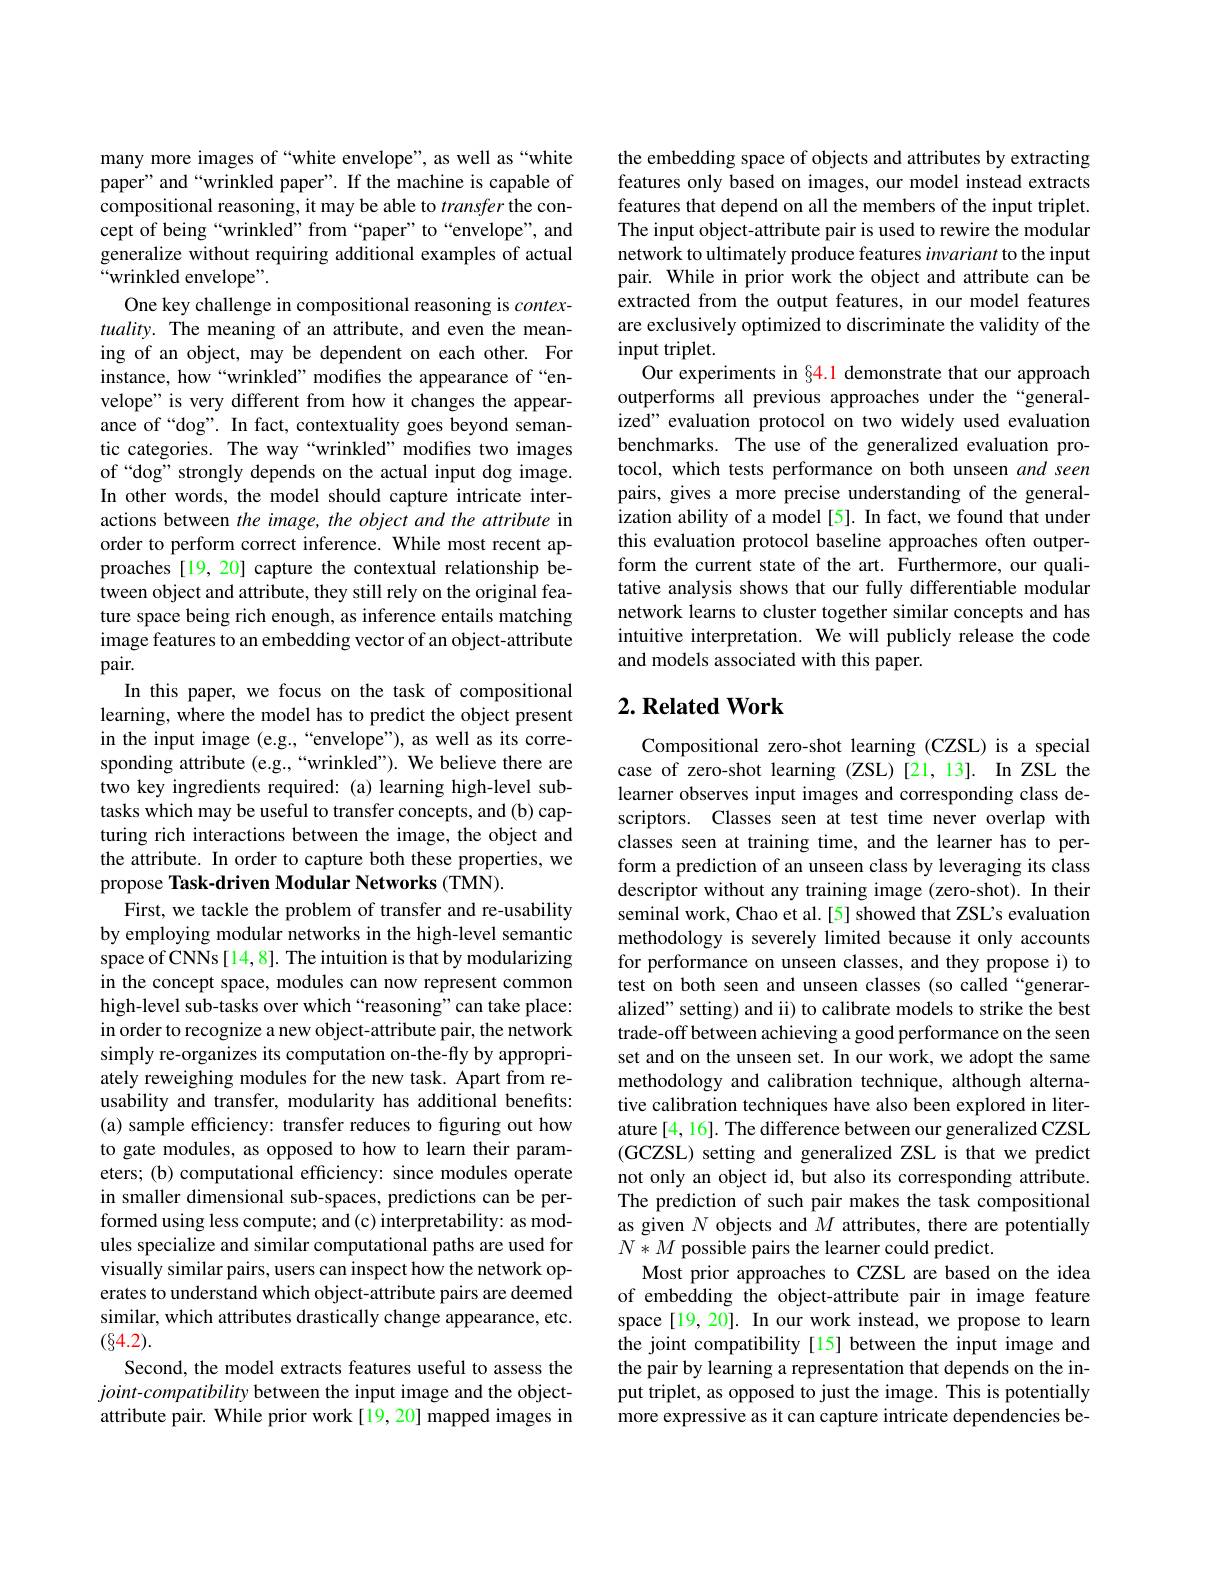
many more images of“white envelope”, as well as“white paper" and“wrinkled paper”. If the machine is capable of compositional reasoning, it may be able to transfer the concept of being“wrinkled” from“paper”to“envelope”, and generalize without requiring additional examples of actual “wrinkled envelope”.
One key challenge in compositional reasoning is $contex-$ tuality. The meaning of an attribute, and even the meaning of an object, may be dependent on each other. For instance, how“wrinkled” modifes the appearance of“envelope" is very different from how it changes the appearance of“dog”. In fact, contextuality goes beyond semantic categories. The way“wrinkled”modifies two images of“dog”strongly depends on the actual input dog image. In other words, the model should capture intricate interactions between the image, the object and the attribute in order to perform correct inference. While most recent approaches [19, 20] capture the contextual relationship between object and attribute, they still rely on the original feature space being rich enough, as inference entails matching image features to an embedding vector of an object-attribute pair.
In this paper, we focus on the task of compositional learning, where the model has to predict the object present in the input image (e.g.,“envelope”), as well as its corresponding attribute (e.g.,“wrinkled”). We believe there are two key ingredients required: (a) learning high-level subtasks which may be useful to transfer concepts, and (b) capturing rich interactions between the image, the object and the attribute. In order to capture both these properties, we propose Task-driven Modular Networks (TMN).
First, we tackle the problem of transfer and re-usability by employing modular networks in the high-level semantic space of CNNs[14,8]. The intuition is that by modularizing in the concept space, modules can now represent common high-level sub-tasks over which“reasoning”can take place: in order to recognize a new object-attribute pair, the network simply re-organizes its computation on-the-fly by appropriately reweighing modules for the new task. Apart from reusability and transfer, modularity has additional benefits: (a) sample efficiency: transfer reduces to figuring out how to gate modules, as opposed to how to learn their parameters; (b) computational efficiency: since modules operate in smaller dimensional sub-spaces, predictions can be performed using less compute; and (c) interpretability: as modules specialize and similar computational paths are used for visually similar pairs, users can inspect how the network operates to understand which object-attribute pairs are deemed similar, which attributes drastically change appearance, etc. $(\S4.2).$
Second, the model extracts features useful to assess the joint-compatibility between the input image and the objectattribute pair. While prior work[19,20] mapped images in

the embedding space of objects and attributes by extracting features only based on images, our model instead extracts features that depend on all the members of the input triplet. The input object-attribute pair is used to rewire the modular network to ultimately produce features invariant to the input pair. While in prior work the object and attribute can be extracted from the output features, in our model features are exclusively optimized to discriminate the validity of the input triplet.
Our experiments in §4.1 demonstrate that our approach outperforms all previous approaches under the“generalized" evaluation protocol on two widely used evaluation benchmarks. The use of the generalized evaluation protocol, which tests performance on both unseen and seen pairs, gives a more precise understanding of the generalization ability of a model[5]. In fact, we found that under this evaluation protocol baseline approaches often outperform the current state of the art. Furthermore, our qualitative analysis shows that our fully differentiable modular network learns to cluster together similar concepts and has intuitive interpretation. We will publicly release the code and models associated with this paper.

## $2. \textbf{ Related Work}$

Compositional zero-shot learning (CZSL) is a special case of zero-shot learning (ZSL)[21,13]. In ZSL the learner observes input images and corresponding class descriptors. Classes seen at test time never overlap with classes seen at training time, and the learner has to perform a prediction of an unseen class by leveraging its class descriptor without any training image (zero-shot). In their seminal work, Chao et al. [5] showed that ZSL's evaluation methodology is severely limited because it only accounts for performance on unseen classes, and they propose i) to test on both seen and unseen classes (so called “generaralized" setting) and ii) to calibrate models to strike the best trade-off between achieving a good performance on the seen set and on the unseen set. In our work, we adopt the same methodology and calibration technique, although alternative calibration techniques have also been explored in literature[4, 16]. The difference between our generalized CZSL (GCZSL) setting and generalized ZSL is that we predict not only an object id, but also its corresponding attribute. The prediction of such pair makes the task compositional as given $N$ objects and $M$ attributes, there are potentially $N*M$ possible pairs the learner could predict.
Most prior approaches to CZSL are based on the idea of embedding the object-attribute pair in image feature space[19,20]. In our work instead, we propose to learn the joint compatibility[15] between the input image and the pair by learning a representation that depends on the input triplet, as opposed to just the image. This is potentially more expressive as it can capture intricate dependencies be-